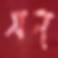
সন্